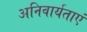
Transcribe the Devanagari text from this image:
अनिवार्यताएं